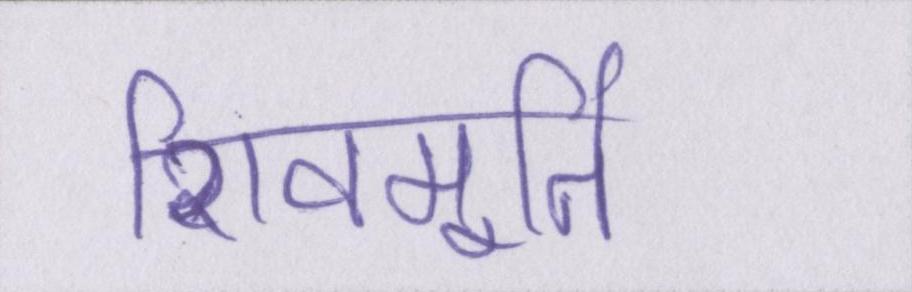
शिवमूर्ति